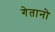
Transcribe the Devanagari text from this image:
गेतानो